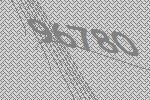
96780